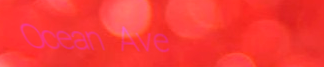
Ocean Ave